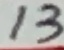
Text: 13